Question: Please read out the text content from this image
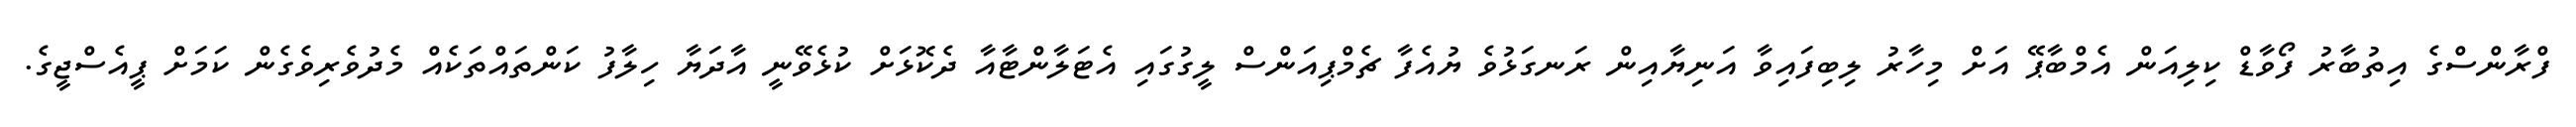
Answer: ފްރާންސްގެ އިތުބާރު ފޯވާޑް ކިލިއަން އެމްބާޕޭ އަށް މިހާރު ލިބިފައިވާ އަނިޔާއިން ރަނގަޅުވެ ޔުއެފާ ޗެމްޕިއަންސް ލީގުގައި އެޓަލާންޓާއާ ދެކޮޅަށް ކުޅެވޭނީ އާދަޔާ ހިލާފު ކަންތައްތަކެއް މެދުވެރިވެގެން ކަމަށް ޕީއެސްޖީގެ.